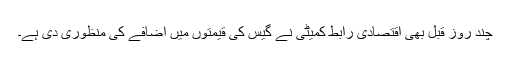
چند روز قبل بھی اقتصادی رابط کمیٹی نے گیس کی قیمتوں میں اضافے کی منظوری دی ہے۔